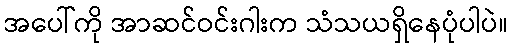
အပေါ်ကို အာဆင်ဝင်းဂါးက သံသယရှိနေပုံပါပဲ။